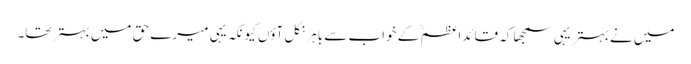
میں نے بہتر یہی سمجھا کہ قائداعظم ؒ کے خواب سے باہر نکل آؤں کیونکہ یہی میرے حق میں بہتر تھا۔